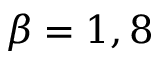
\beta = 1 , 8